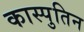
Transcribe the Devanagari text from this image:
कास्पुतिन